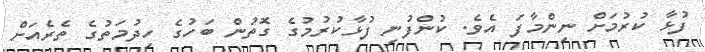
ފުޅާ ކުރުމަށް ނިންމާފަ އެވެ. ކުންފުނި ފުޅާކުރުމުގެ ގޮތުން ބަހުގެ ހިދުމަތުގެ ތެރެއަށް